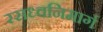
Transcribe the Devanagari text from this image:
रसध्वनिमार्ग